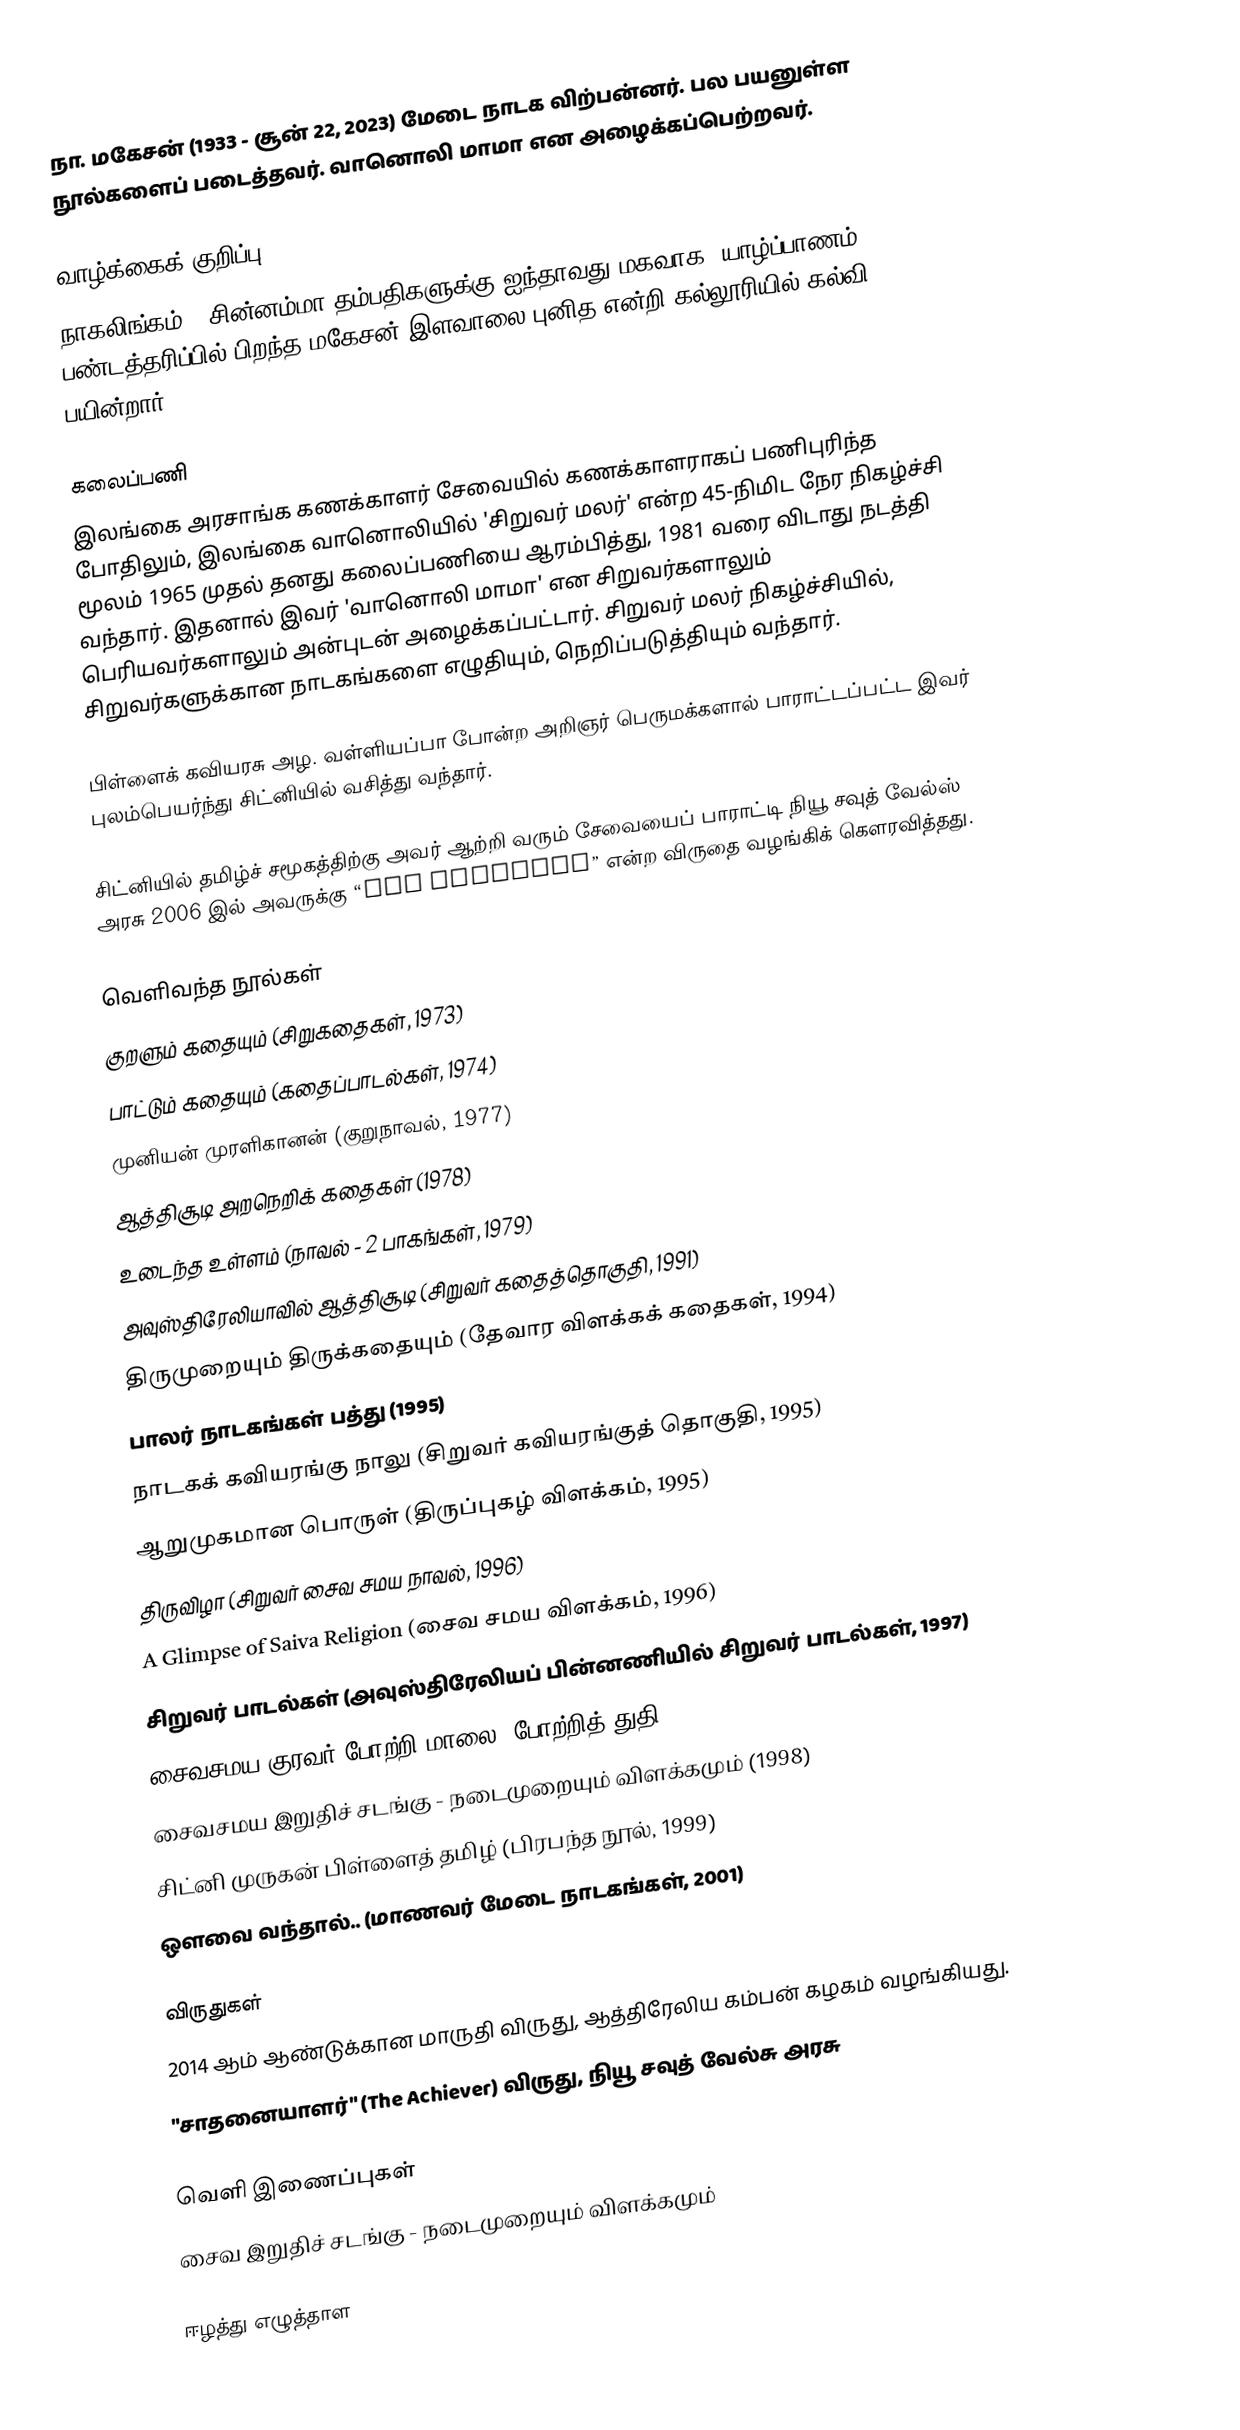
நா. மகேசன் (1933 - சூன் 22, 2023) மேடை நாடக விற்பன்னர். பல பயனுள்ள நூல்களைப் படைத்தவர். வானொலி மாமா என அழைக்கப்பெற்றவர்.

வாழ்க்கைக் குறிப்பு
நாகலிங்கம் - சின்னம்மா தம்பதிகளுக்கு ஐந்தாவது மகவாக, யாழ்ப்பாணம், பண்டத்தரிப்பில் பிறந்த மகேசன் இளவாலை புனித என்றி கல்லூரியில் கல்வி பயின்றார்.

கலைப்பணி
இலங்கை அரசாங்க கணக்காளர் சேவையில் கணக்காளராகப் பணிபுரிந்த போதிலும், இலங்கை வானொலியில் 'சிறுவர் மலர்' என்ற 45-நிமிட நேர நிகழ்ச்சி மூலம் 1965 முதல் தனது கலைப்பணியை ஆரம்பித்து, 1981 வரை விடாது நடத்தி வந்தார். இதனால் இவர் 'வானொலி மாமா' என சிறுவர்களாலும் பெரியவர்களாலும் அன்புடன் அழைக்கப்பட்டார். சிறுவர் மலர் நிகழ்ச்சியில், சிறுவர்களுக்கான நாடகங்களை எழுதியும், நெறிப்படுத்தியும் வந்தார்.

பிள்ளைக் கவியரசு அழ. வள்ளியப்பா போன்ற அறிஞர் பெருமக்களால் பாராட்டப்பட்ட இவர் புலம்பெயர்ந்து சிட்னியில் வசித்து வந்தார்.

சிட்னியில் தமிழ்ச் சமூகத்திற்கு அவர் ஆற்றி வரும் சேவையைப் பாராட்டி நியூ சவுத் வேல்ஸ் அரசு 2006 இல் அவருக்கு “THE ACHIEVER” என்ற விருதை வழங்கிக் கௌரவித்தது.

வெளிவந்த நூல்கள்
 குறளும் கதையும் (சிறுகதைகள், 1973)
 பாட்டும் கதையும் (கதைப்பாடல்கள், 1974)
 முனியன் முரளிகானன் (குறுநாவல், 1977)
 ஆத்திசூடி அறநெறிக் கதைகள் (1978)
 உடைந்த உள்ளம் (நாவல் - 2 பாகங்கள், 1979)
 அவுஸ்திரேலியாவில் ஆத்திசூடி (சிறுவர் கதைத்தொகுதி, 1991)
 திருமுறையும் திருக்கதையும் (தேவார விளக்கக் கதைகள், 1994)
 பாலர் நாடகங்கள் பத்து (1995)
 நாடகக் கவியரங்கு நாலு (சிறுவர் கவியரங்குத் தொகுதி, 1995)
 ஆறுமுகமான பொருள் (திருப்புகழ் விளக்கம், 1995)
 திருவிழா (சிறுவர் சைவ சமய நாவல், 1996)
 A Glimpse of Saiva Religion (சைவ சமய விளக்கம், 1996)
 சிறுவர் பாடல்கள் (அவுஸ்திரேலியப் பின்னணியில் சிறுவர் பாடல்கள், 1997)
 சைவசமய குரவர் போற்றி மாலை (போற்றித் துதி, 1998)
 சைவசமய இறுதிச் சடங்கு - நடைமுறையும் விளக்கமும் (1998)
 சிட்னி முருகன் பிள்ளைத் தமிழ் (பிரபந்த நூல், 1999)
 ஔவை வந்தால்.. (மாணவர் மேடை நாடகங்கள், 2001)

விருதுகள்
2014 ஆம் ஆண்டுக்கான மாருதி விருது, ஆத்திரேலிய கம்பன் கழகம் வழங்கியது.
"சாதனையாளர்" (The Achiever) விருது, நியூ சவுத் வேல்சு அரசு

வெளி இணைப்புகள்
 சைவ இறுதிச் சடங்கு - நடைமுறையும் விளக்கமும்

ஈழத்து எழுத்தாள